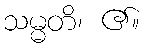
သမ္မတိ၊ ၏။